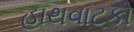
હાથવાટકો